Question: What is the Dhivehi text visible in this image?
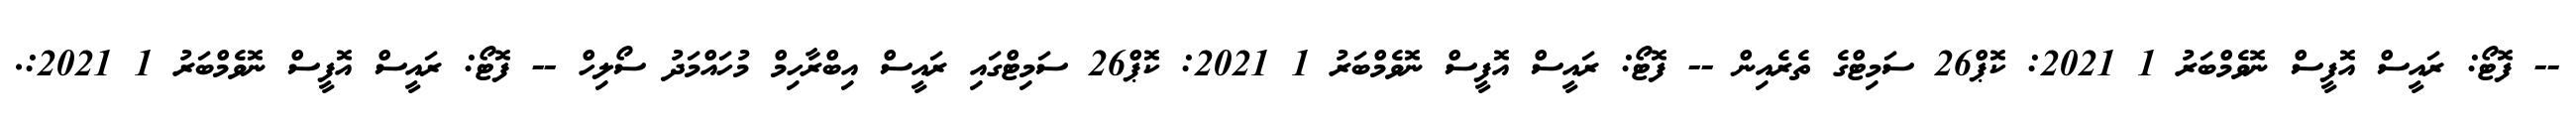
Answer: -- ފޮޓޯ: ރައީސް އޮފީސް ނޮވެމްބަރު 1 2021: ކޮޕް26 ސަމިޓްގެ ތެރެއިން -- ފޮޓޯ: ރައީސް އޮފީސް ނޮވެމްބަރު 1 2021: ކޮޕް26 ސަމިޓްގައި ރައީސް އިބްރާހިމް މުހައްމަދު ސޯލިހް -- ފޮޓޯ: ރައީސް އޮފީސް ނޮވެމްބަރު 1 2021:.